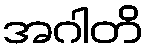
အဂါတိ